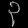
Digit: ၃